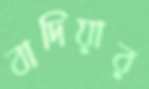
বাদিয়ার